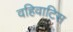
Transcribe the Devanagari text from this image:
वहिवाटिस